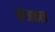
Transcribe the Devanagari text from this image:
मोजकाच